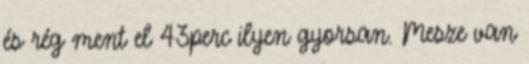
és rég ment el 43perc ilyen gyorsan. Mesze van